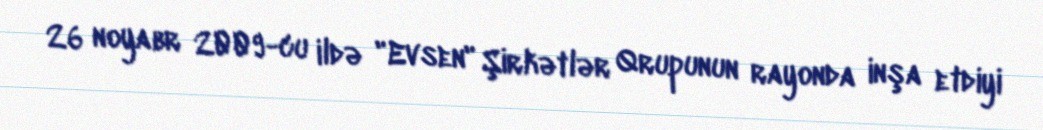
26 noyabr 2009-cu ildə "Evsen" Şirkətlər Qrupunun rayonda inşa etdiyi